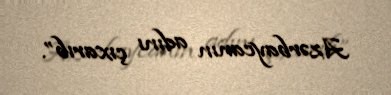
Azərbaycanın adını çıxarıb”.